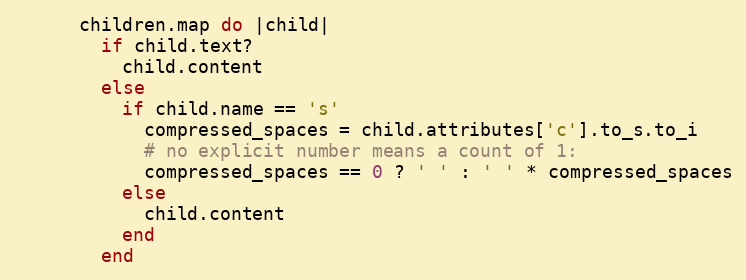
Language: Ruby
      children.map do |child|
        if child.text?
          child.content
        else
          if child.name == 's'
            compressed_spaces = child.attributes['c'].to_s.to_i
            # no explicit number means a count of 1:
            compressed_spaces == 0 ? ' ' : ' ' * compressed_spaces
          else
            child.content
          end
        end